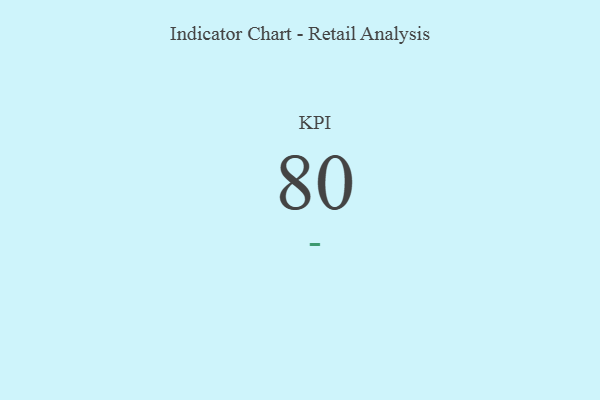
{"axis": {"x": "KPI", "y": "Value"}, "legend": [""], "data": [{"x": "KPI", "y": 80, "type": ""}]}